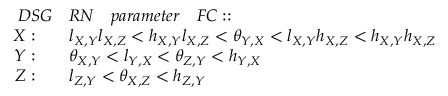
\begin{array} { r l } { D S G } & { R N \quad p a r a m e t e r \quad F C : : \quad } \\ { X : \quad } & { l _ { X , Y } l _ { X , Z } < h _ { X , Y } l _ { X , Z } < \theta _ { Y , X } < l _ { X , Y } h _ { X , Z } < h _ { X , Y } h _ { X , Z } } \\ { Y : \quad } & { \theta _ { X , Y } < l _ { Y , X } < \theta _ { Z , Y } < h _ { Y , X } } \\ { Z : \quad } & { l _ { Z , Y } < \theta _ { X , Z } < h _ { Z , Y } } \end{array}